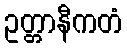
ဥတ္တာနီကတံ